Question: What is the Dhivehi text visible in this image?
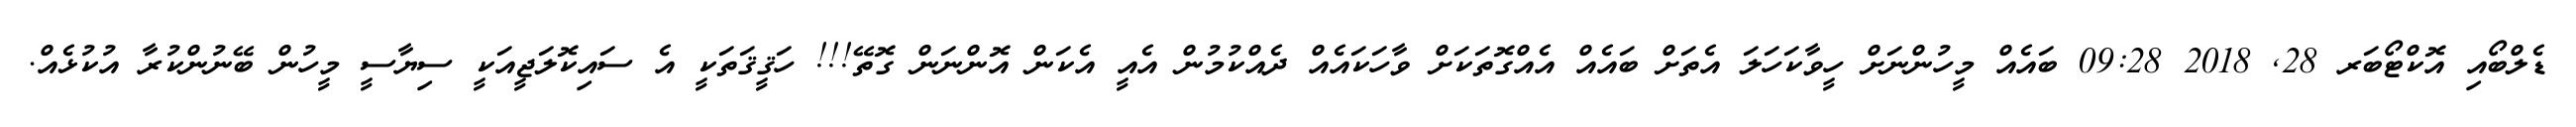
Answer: ޑެލްބޯއި އޮކްޓޯބަރ 28, 2018 09:28 ބައެއް މީހުންނަށް ހީވާކަހަލަ އެތަށް ބައެއް އެއްގޮތަކަށް ވާހަކައެއް ދެއްކުމުން އެއީ އެކަން އޮންނަން ގޮތޭ!!! ހަޤީޤަތަކީ އެ ސައިކޮލަޖީއަކީ ސިޔާސީ މީހުން ބޭނުންކުރާ އުކުޅެއް.